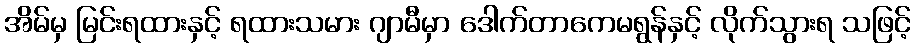
အိမ်မှ မြင်းရထားနှင့် ရထားသမား ဂျာမီမှာ ဒေါက်တာကေမရွန်နှင့် လိုက်သွားရ သဖြင့်